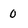
Character: 0